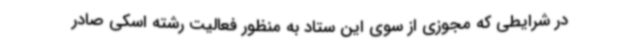
در شرایطی که مجوزی از سوی این ستاد به منظور فعالیت رشته اسکی صادر